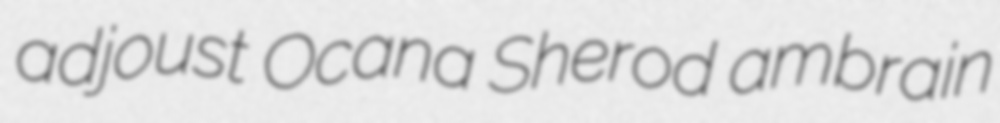
adjoust Ocana Sherod ambrain